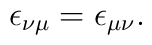
\epsilon_{\nu\mu}=\epsilon_{\mu\nu}.